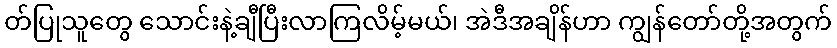
တ်ပြုသူတွေ သောင်းနဲ့ချီပြီးလာကြလိမ့်မယ်၊ အဲဒီအချိန်ဟာ ကျွန်တော်တို့အတွက်